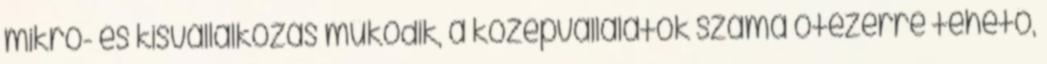
mikro- és kisvállalkozás működik, a középvállalatok száma ötezerre tehető,